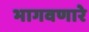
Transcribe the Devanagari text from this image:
भागवणारे